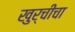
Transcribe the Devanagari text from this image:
खुर्चीचा